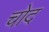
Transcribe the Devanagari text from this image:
चोद